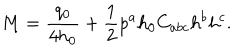
M = { \frac { q _ { 0 } } { 4 h _ { 0 } } } + { \frac { 1 } { 2 } } p ^ { a } h _ { 0 } C _ { a b c } h ^ { b } h ^ { c } .